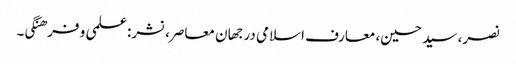
نصر، سید حسین، معارف اسلامی در جهان معاصر، نشر: علمی و فرهنگی۔